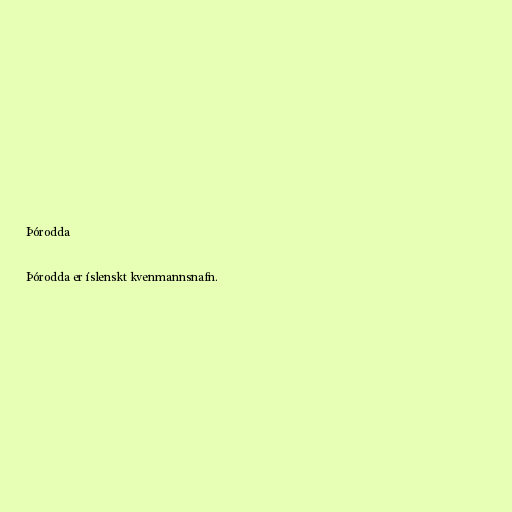
Þórodda

Þórodda er íslenskt kvenmannsnafn.